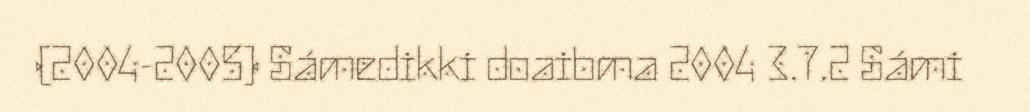
(2004-2005) Sámedikki doaibma 2004 3.7.2 Sámi